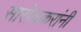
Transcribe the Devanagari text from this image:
सारोळकरांनी